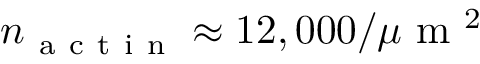
n _ { \mathrm { ~ a ~ c ~ t ~ i ~ n ~ } } \approx 1 2 , 0 0 0 / \mu \mathrm { ~ m ~ } ^ { 2 }